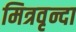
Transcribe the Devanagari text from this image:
मित्रवृन्दा